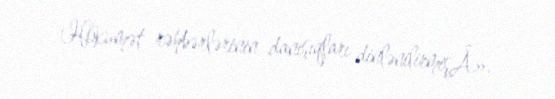
Hökumət rəhbərlərinin danışıqları dinlənilirmişÂ».